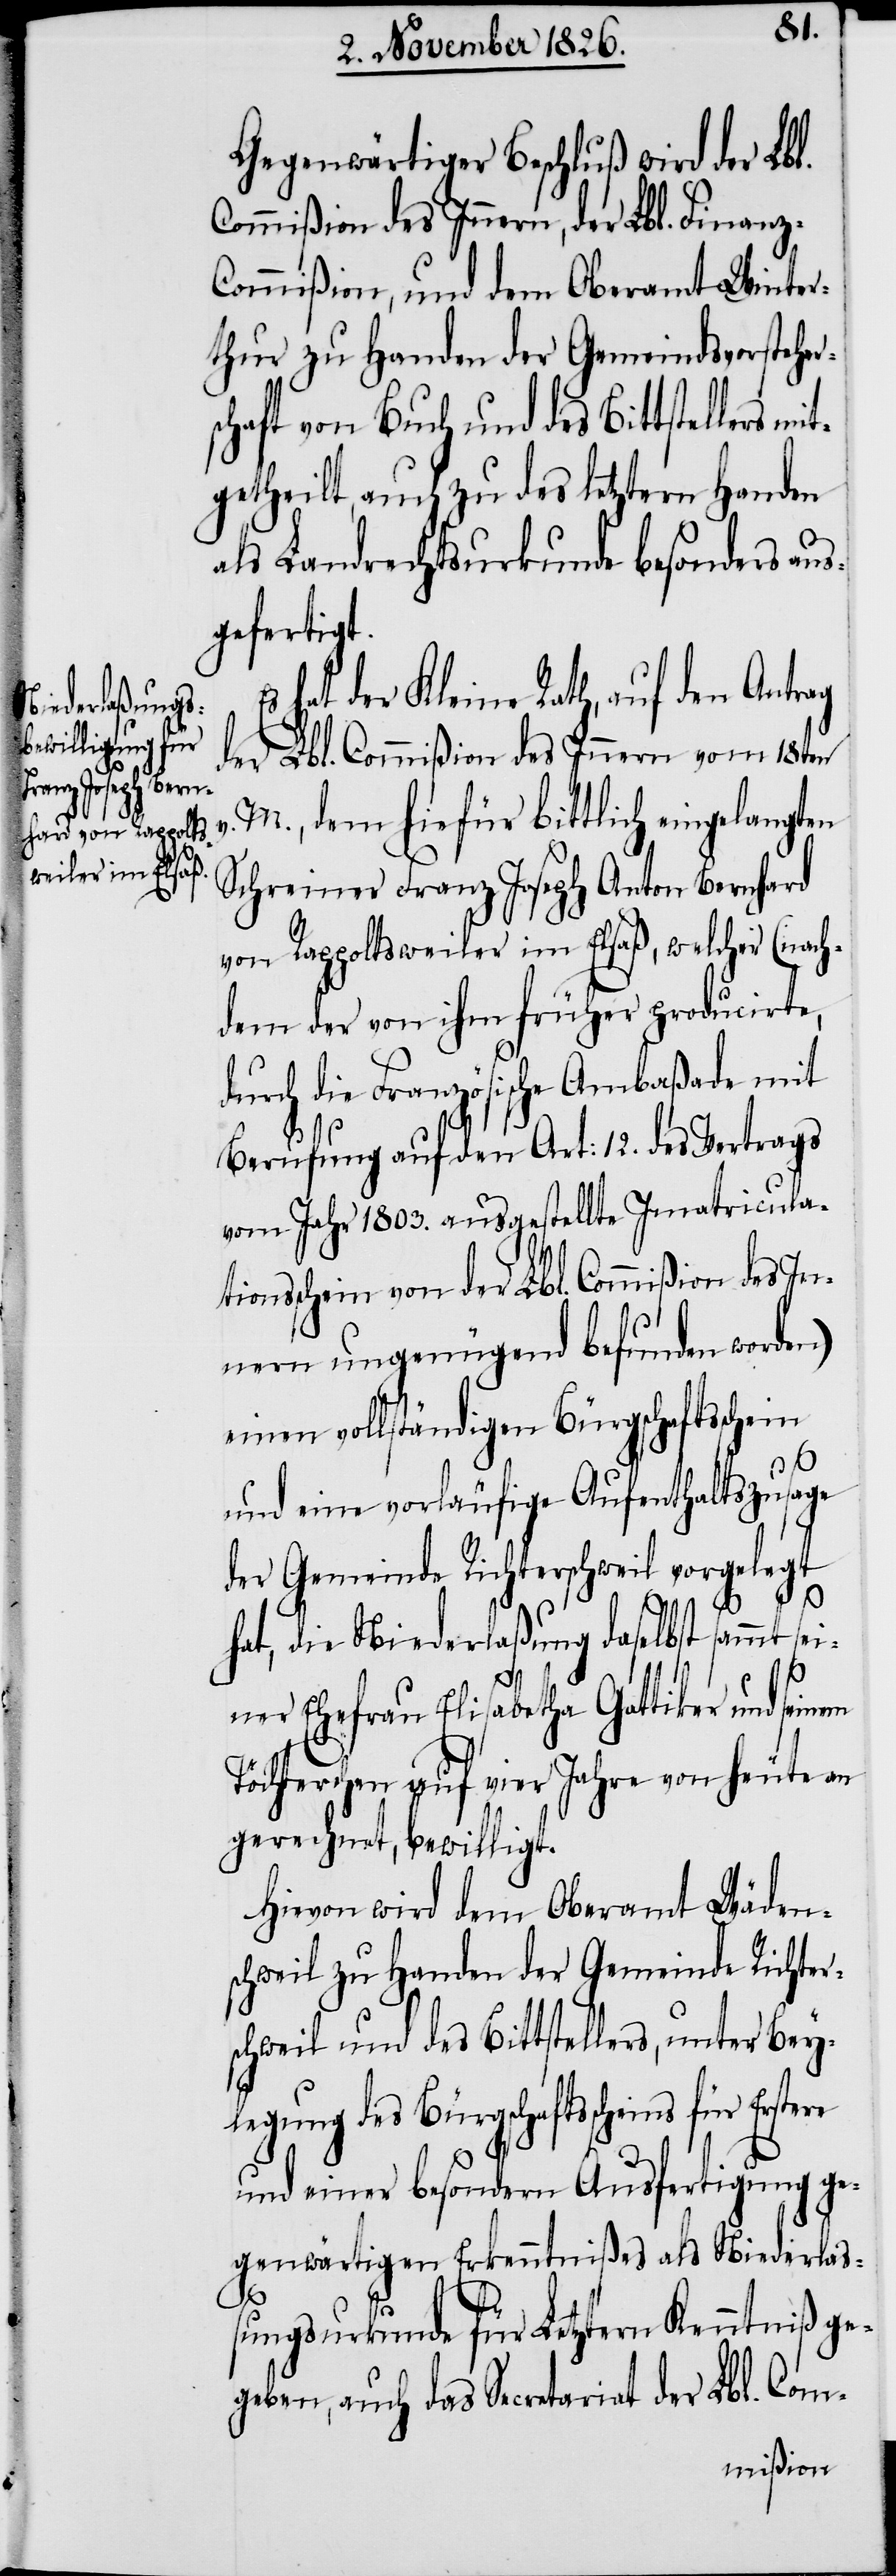
mit¬
Gegenwärtiger Beschluß wird der Lbl.
Commißion des Innern, der Lbl. Finanz-C¬
ommißion, und dem Oberamt Winter¬
thur zu Handen der Gemeindsvorsteher¬
schaft von Buch und des Bittstellers
getheilt, auch zu des letztern Handen
als Landrechtsurkunde besonders aus¬
gefertigt.
hat der Kleine Rath, auf den Antrag
der Lbl. Commißion des Innern vom 18ten
v. M., dem hiefür bittlich eingelangten
Schreiner Franz Joseph Anton Bernhard
von Rappoltsweiler im Elsaß, welcher (nach¬
dem der von ihm früher producirte,
durch die Französische Ambaßade mit
Berufung auf den Art: 12. des Vertrags
vom Jahr 1803. ausgestellte Imatricula¬
tionsschein von der Lbl. Commißion des In¬
nern ungenügend befunden worden)
einen vollständigen Bürgschaftsschein
und eine vorläufige Aufenthaltszusage
der Gemeinde Richterschweil vorgelegt
hat, die Niederlaßung daselbst sammt s¬
einer Ehefrau Elisabetha Gattiker und seinem
Töchterchen auf vier Jahre von heute an
gerechnet, bewilligt.
Hiervon wird dem Oberamt Wäden¬
schweil zu Handen der Gemeinde Richter¬
schweil und des Bittstellers, unter Bey¬
legung des Bürgschaftsscheins für
und einer besondern Ausfertigung ge¬
genwärtigen Erkenntnißes als Niederlaß¬
ungsurkunde für Letztern Kenntniß ge¬
geben, auch das Secretariat der Lbl. Com-